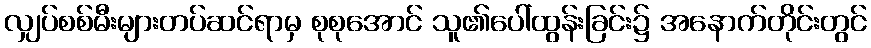
လျှပ်စစ်မီးများတပ်ဆင်ရာမှ စုစုအောင် သူ၏ပေါ်ထွန်းခြင်း၌ အနောက်တိုင်းတွင်